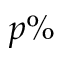
p \%